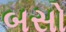
બસો